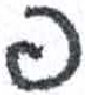
אות: פ